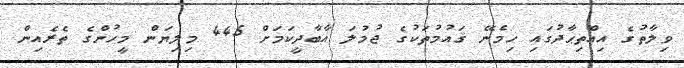
ވިލާތުގެ އިއްތިޙާދުގައި ހިމެނޭ ޤައުމުތަކުގެ ޖުމުލަ އާބާދީކަމަށް 445 މިލިޔަން މީހުންގެ ތެރެއިން